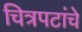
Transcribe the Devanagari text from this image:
चित्रपटांंचे